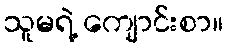
သူမရဲ့ ကျောင်းစာ။